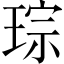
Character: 琮